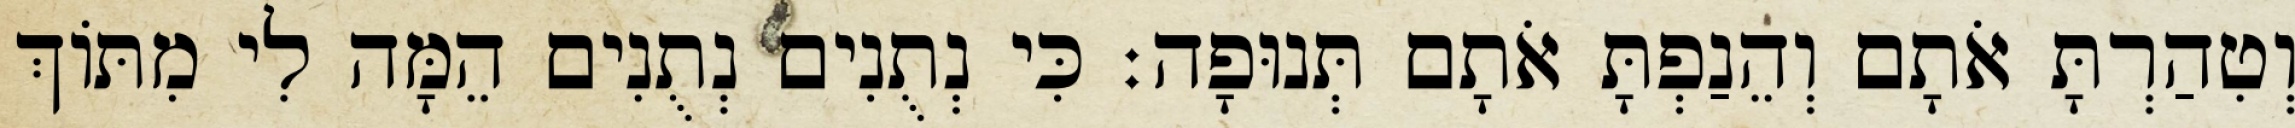
וְטִהַרְתָּ אֹתָם וְהֵנַפְתָּ אֹתָם תְּנוּפָה׃ כִּי נְתֻנִים נְתֻנִים הֵמָּה לִי מִתּוֹךְ